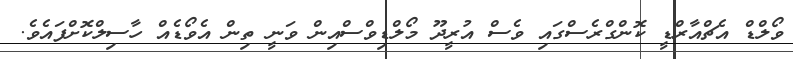
ވޯލްޑް އެޗްއާރްޑީ ކޮންގްރެސްގައި ވެސް އުރީދޫ މޯލްޑިވްސްއިން ވަނީ ތިން އެވޯޑެއް ހާސިލްކޮށްފައެވެ.